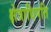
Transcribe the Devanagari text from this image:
क्षेत्राधिपति